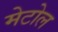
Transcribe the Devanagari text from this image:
मेटोल